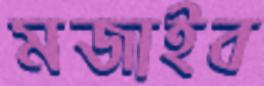
মজাইব